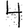
Digit: 4